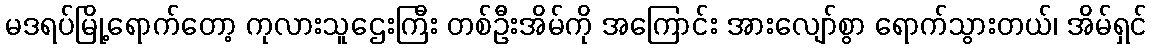
မဒရပ်မြို့ရောက်တော့ ကုလားသူဌေးကြီး တစ်ဦးအိမ်ကို အကြောင်း အားလျော်စွာ ရောက်သွားတယ်၊ အိမ်ရှင်